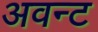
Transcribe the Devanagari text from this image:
अवन्ट